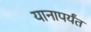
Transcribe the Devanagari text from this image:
यानापर्यंत